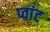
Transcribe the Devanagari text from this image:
प्वांट